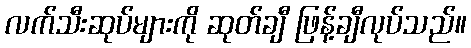
လက်သီးဆုပ်များကို ဆုတ်ချီ ဖြန့်ချီလုပ်သည်။